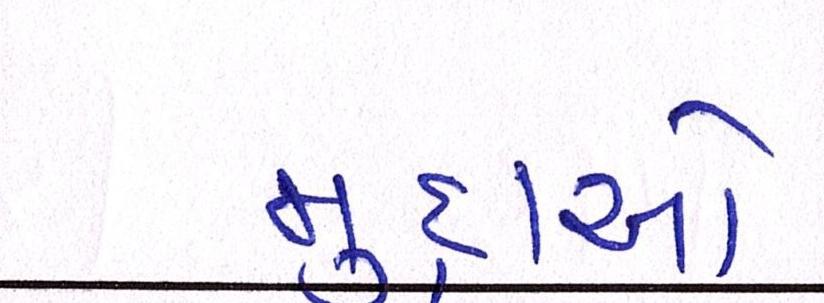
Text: મુદ્દાઓ